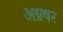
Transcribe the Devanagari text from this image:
अग्रषर